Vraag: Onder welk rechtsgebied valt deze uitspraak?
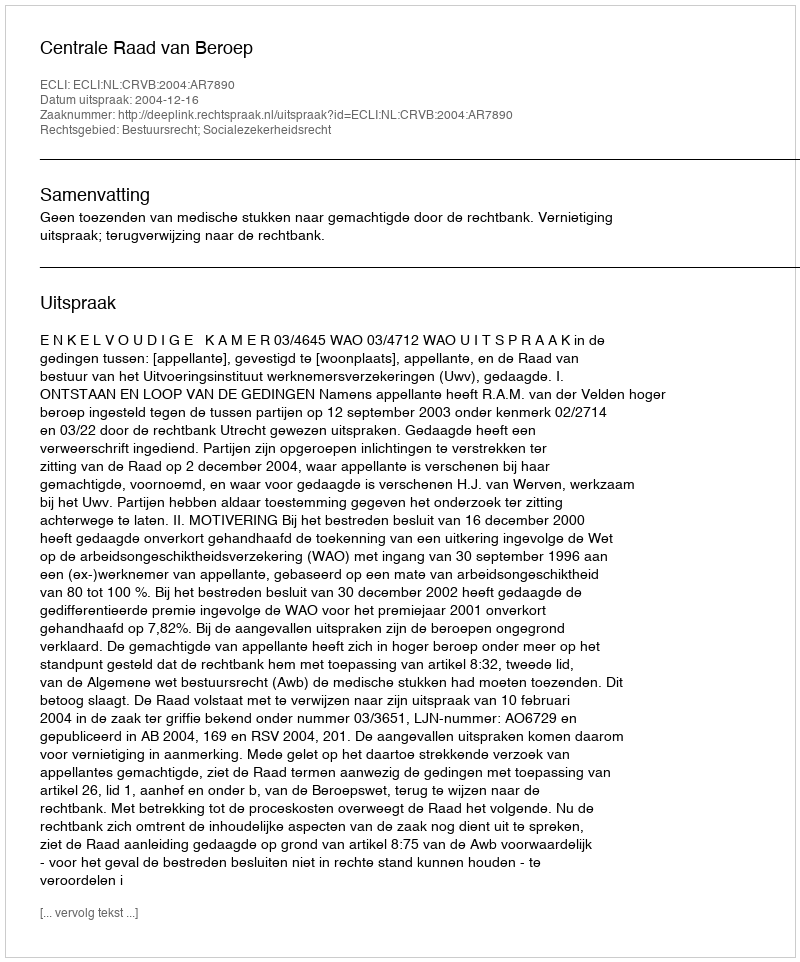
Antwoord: Bestuursrecht; Socialezekerheidsrecht